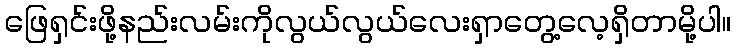
ဖြေရှင်းဖို့နည်းလမ်းကိုလွယ်လွယ်လေးရှာတွေ့လေ့ရှိတာမို့ပါ။